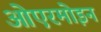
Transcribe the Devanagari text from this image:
ओएरमोइन